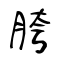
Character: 胯